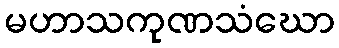
မဟာသကုဏသံဃော